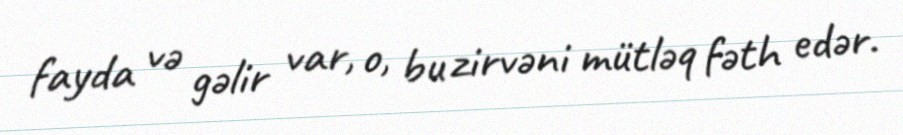
fayda və gəlir var, o, bu zirvəni mütləq fəth edər.